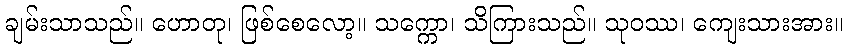
ချမ်းသာသည်။ ဟောတု၊ ဖြစ်စေလော့။ သက္ကော၊ သိကြားသည်။ သုဝဿ၊ ကျေးသားအား။